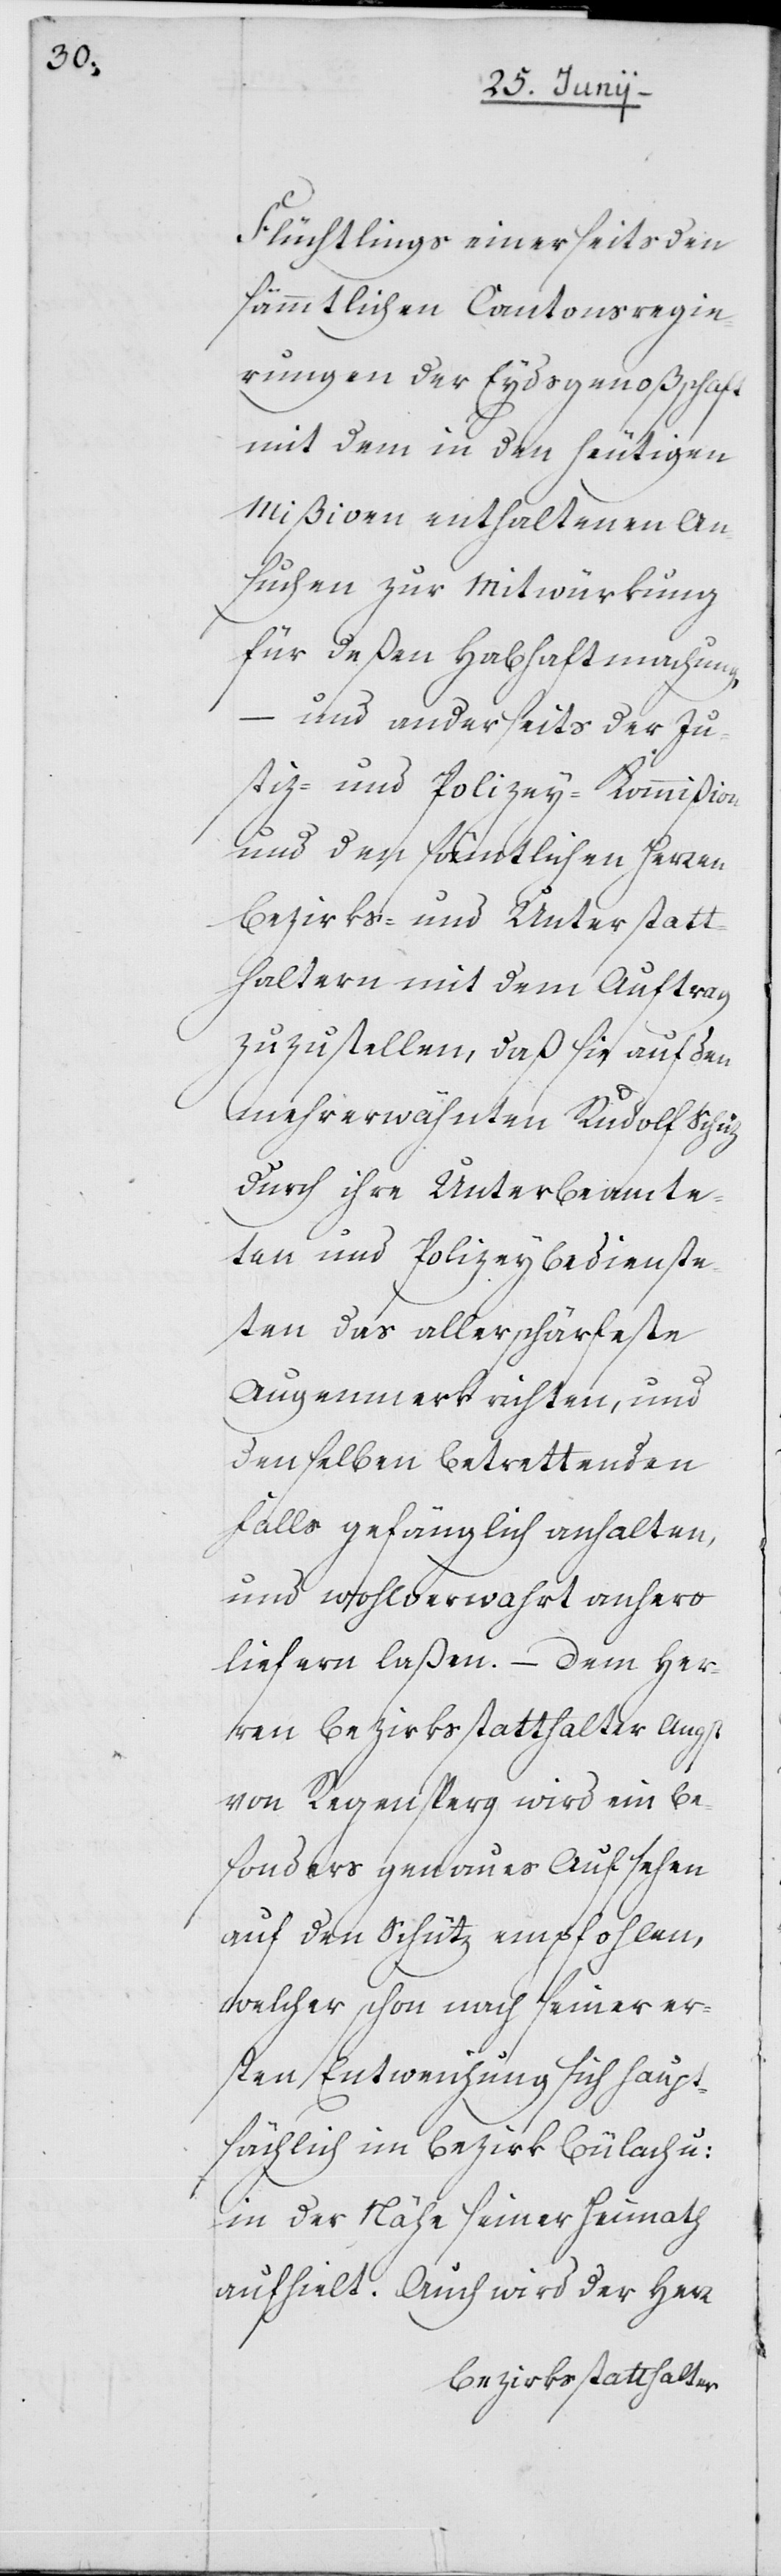
Flüchtlings einerseits den
sämmtlichen Cantonsregie¬
rungen der Eydsgenoßschaft
mit dem in den heutigen
Mißiven enthaltenen An¬
suchen zur Mitwürkung
für deßen Habhaftmachung,
– und anderseits der Ju¬
stiz- und Polizey-Kommißion
und den sämtlichen Herren
Bezirks- und Unterstatt¬
haltern mit dem Auftrag
zuzustellen, daß sie auf den
mehrerwähnten Rudolf Schüz
durch ihre Unterbeamte¬
ten und Polizeybedienste¬
ten das allerschärfeste
Augenmerk richten, und
denselben betrettenden
falls gefänglich anhalten,
und wohlverwahrt anhero
liefern laßen. – Dem Her¬
ren Bezirksstatthalter Angst
von Regensperg wird ein be¬
sonders genaues Aufsehen
auf den Schütz empfohlen,
welcher schon nach seiner er¬
sten Entweichung sich haupt¬
sächlich im Bezirk Bülach u:
in der Nähe seiner Heimath
aufhielt. Auch wird der Herr